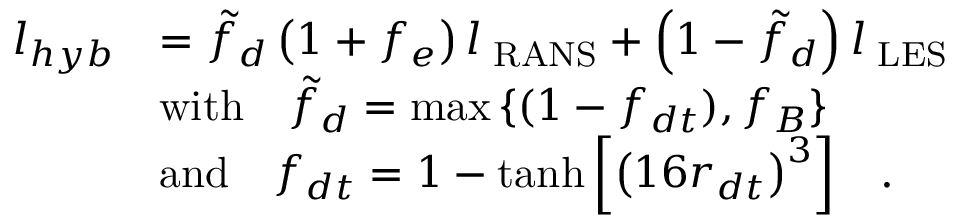
\begin{array} { r l } { l _ { h y b } } & { = \tilde { f } _ { d } \left( { 1 + f _ { e } } \right) l _ { \mathrm { \tiny ~ R A N S } } + \left( { 1 - \tilde { f } _ { d } } \right) l _ { \mathrm { \tiny ~ L E S } } } \\ & { \mathrm { w i t h } \ \ \ \tilde { f } _ { d } = \operatorname* { m a x } { \{ ( 1 - f _ { d t } ) , f _ { B } \} } } \\ & { \mathrm { a n d } \ \ \ f _ { d t } = 1 - \operatorname { t a n h } { \left[ { \left( 1 6 r _ { d t } \right) } ^ { 3 } \right] } \ \ \ . } \end{array}